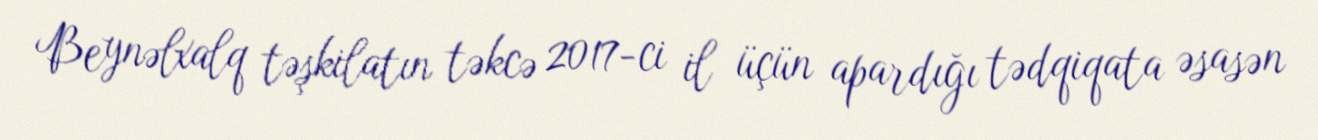
Beynəlxalq təşkilatın təkcə 2017-ci il üçün apardığı tədqiqata əsasən